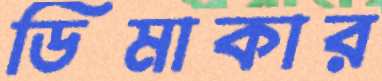
ডিমাকার